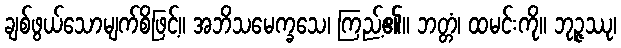
ချစ်ဖွယ်သောမျက်စိဖြင့်။ အဘိသမေက္ခသေ၊ ကြည့်၏။ ဘတ္တံ၊ ထမင်းကို။ ဘုဉ္ဇဿု၊